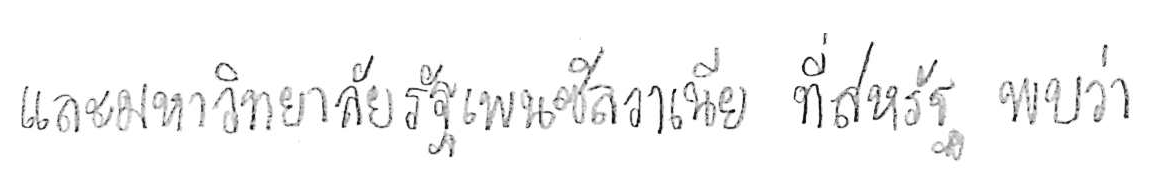
และมหาวิทยาลัยรัฐเพนซิลวาเนีย ที่สหรัฐ พบว่า